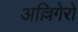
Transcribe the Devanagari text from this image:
अल्लिगेरो